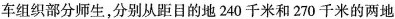
车组织部分师生，分别从距目的地240千米和270千米的两地